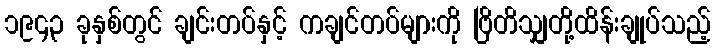
၁၉၄၃ ခုနှစ်တွင် ချင်းတပ်နှင့် ကချင်တပ်များကို ဗြိတိသျှတို့ထိန်းချုပ်သည့်